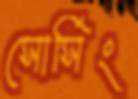
সোর্সিং